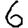
Digit: 6